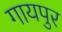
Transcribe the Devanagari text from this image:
गायपुर